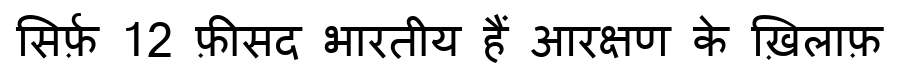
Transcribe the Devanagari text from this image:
सिर्फ़ 12 फ़ीसद भारतीय हैं आरक्षण के ख़िलाफ़